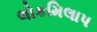
લોકમિલાપ